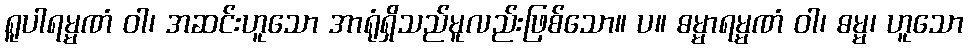
ရူပါရမ္မဏံ ဝါ၊ အဆင်းဟူသော အာရုံရှိသည်မူလည်းဖြစ်သော။ ပ။ ဓမ္မာရမ္မဏံ ဝါ၊ ဓမ္မ၊ ဟူသော